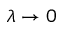
\lambda \to 0